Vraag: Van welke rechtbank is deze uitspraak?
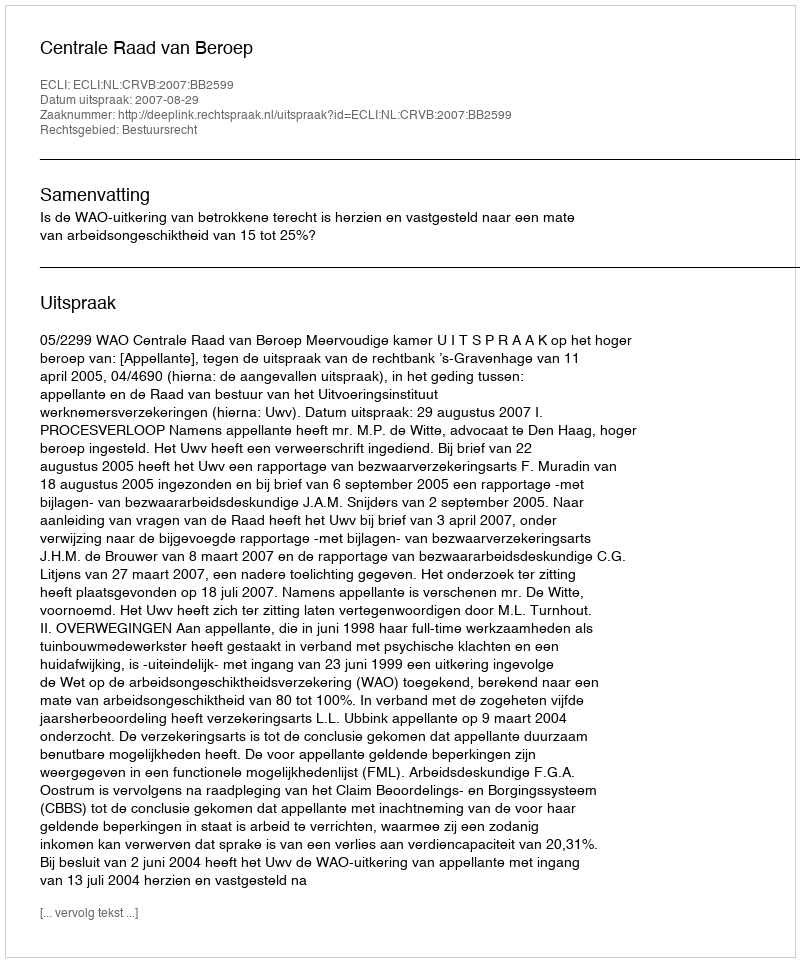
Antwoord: Centrale Raad van Beroep